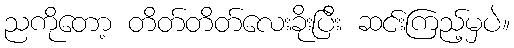
ညကိုတော့ တိတ်တိတ်လေးခိုးပြီး ဆင်းကြည့်မှပဲ။